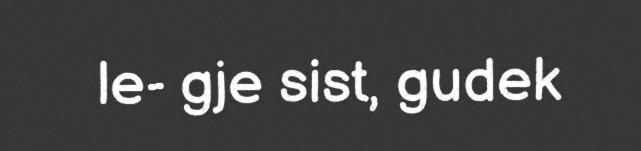
le- gje sist, gudek